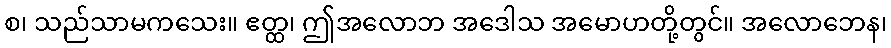
စ၊ သည်သာမကသေး။ ဧတ္ထ၊ ဤအလောဘ အဒေါသ အမောဟတို့တွင်။ အလောဘေန၊